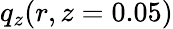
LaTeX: q_{z}(r,z=0.05)